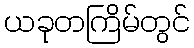
ယခုတကြိမ်တွင်